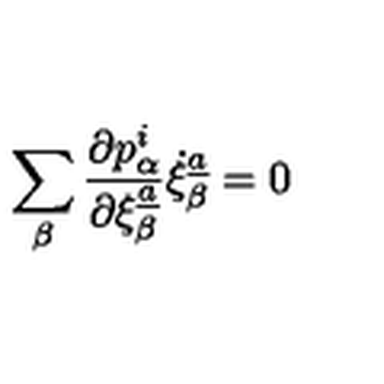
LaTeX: \sum _ { \beta } { \frac { \partial p _ { \alpha } \sp { { i } } } { \partial \xi _ { \beta } \sp { \underline { { a } } } } } \dot { \xi } _ { \beta } \sp { \underline { { a } } } = 0